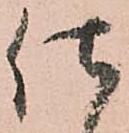
仕